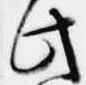
此